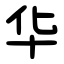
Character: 华